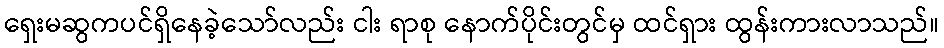
ရှေးမဆွကပင်ရှိနေခဲ့သော်လည်း ငါး ရာစု နောက်ပိုင်းတွင်မှ ထင်ရှား ထွန်းကားလာသည်။